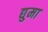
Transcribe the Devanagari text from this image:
द्युमा